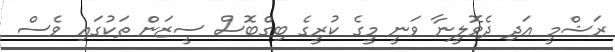
ރަޝްމީ އަދި ދެވޮލީނާ ވަނީ މީގެ ކުރީގެ ބިގްބޮސް ސީޒަން ތަކުގައި ވެސް